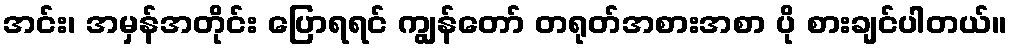
အင်း၊ အမှန်အတိုင်း ပြောရရင် ကျွန်တော် တရုတ်အစားအစာ ပို စားချင်ပါတယ်။